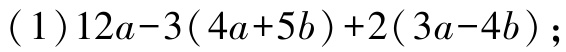
(1)$12a - 3(4a + 5b)+2(3a - 4b)$;